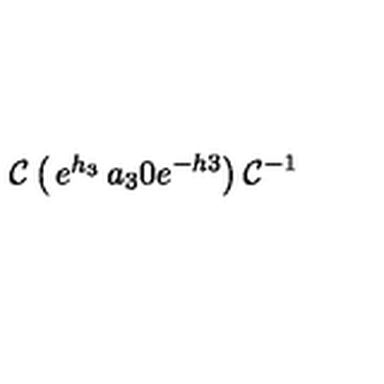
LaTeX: { \cal C } \left( \begin{matrix} { e ^ { h _ { 3 } } } & { a _ { 3 } } \\ { 0 } & { e ^ { - h 3 } } \\ \end{matrix} \right) { \cal C } ^ { - 1 }